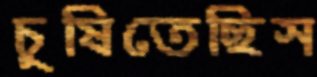
চুষিতেছিস